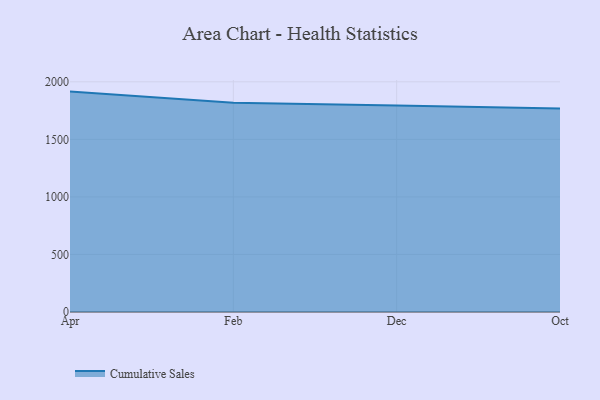
{"axis": {"x": "Month", "y": "Revenue (USD Million)"}, "legend": ["Cumulative Sales"], "data": [{"x": "Apr", "y": 1915.3, "type": "Cumulative Sales"}, {"x": "Feb", "y": 1818.6, "type": "Cumulative Sales"}, {"x": "Dec", "y": 1795.1, "type": "Cumulative Sales"}, {"x": "Oct", "y": 1768.2, "type": "Cumulative Sales"}]}